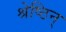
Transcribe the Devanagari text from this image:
श्रेष्ठिन्